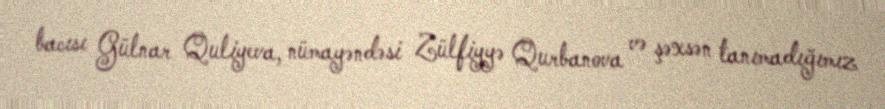
bacısı Gülnar Quliyeva, nümayəndəsi Zülfiyyə Qurbanova və şəxsən tanımadığımız